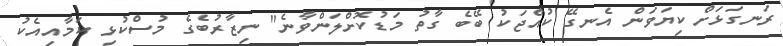
ރަނގަޅަށް ކިޔަވަން އެނގޭ ކުއްޖަކު ބޭބެ ގާތު މަޑުކޮށްލަންވާނެ" ނިޒާރުބެގެ މުސްކުޅި ކަމާއިއެކު